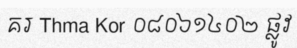
គរ Thma Kor ០៨០៦១៤០២ ផ្លូវ